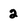
Character: 2